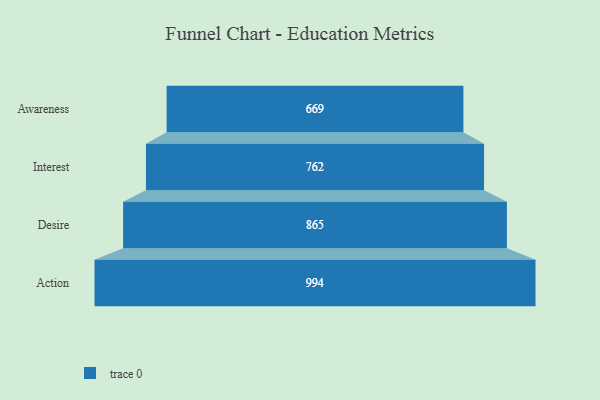
{"axis": {"x": "Stage", "y": "Value"}, "legend": [""], "data": [{"x": "Awareness", "y": 669.0, "type": ""}, {"x": "Interest", "y": 762.0, "type": ""}, {"x": "Desire", "y": 865.0, "type": ""}, {"x": "Action", "y": 994.0, "type": ""}]}